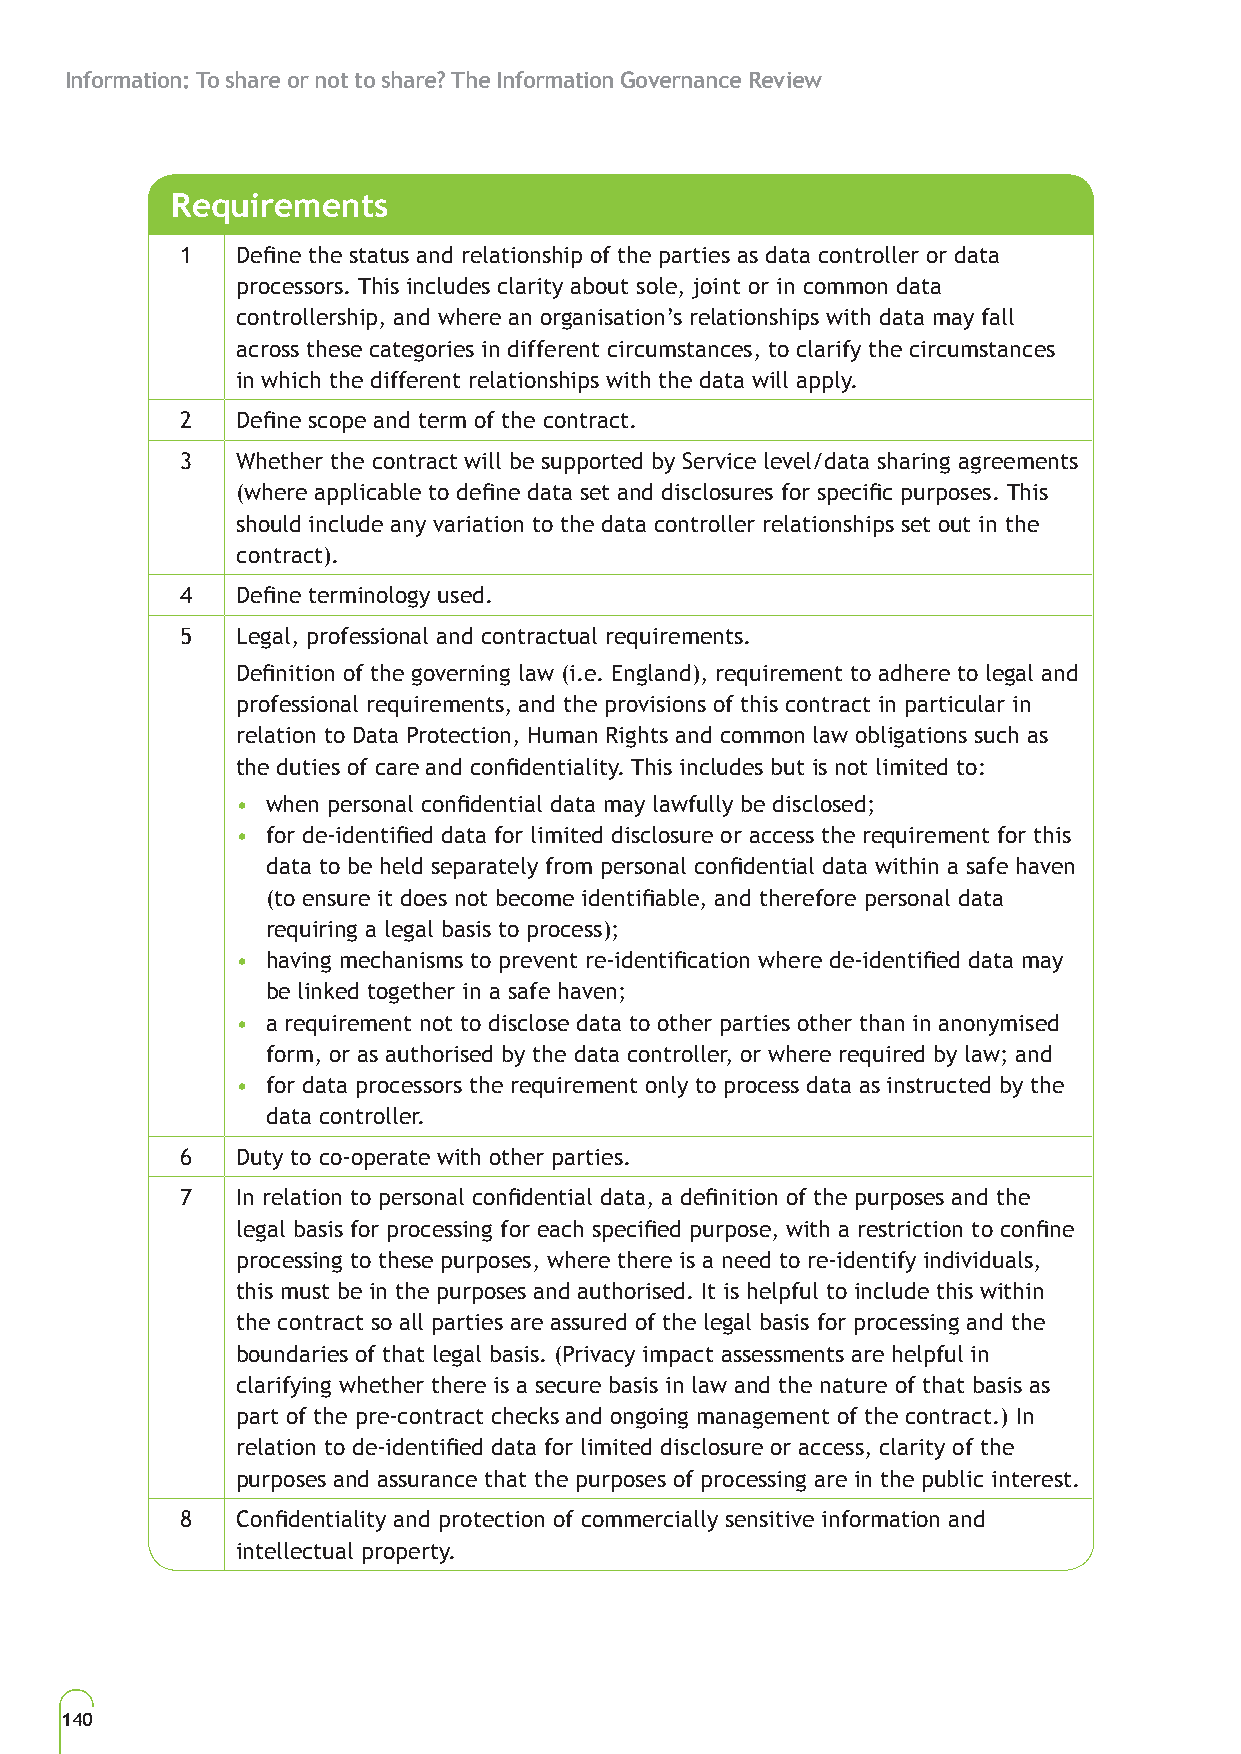
Information: To share or not to share? The Information Governance Review
 Requirements
 1   Define the status and relationship of the parties as data controller or data
 processors. This includes clarity about sole, joint or in common data
 controllership, and where an organisation’s relationships with data may fall
 across these categories in different circumstances, to clarify the circumstances
 in which the different relationships with the data will apply.
 2   Define scope and term of the contract.
 3   Whether the contract will be supported by Service level/data sharing agreements
 (where applicable to define data set and disclosures for specific purposes. This
 should include any variation to the data controller relationships set out in the
 contract).
 4   Define terminology used.
 5   Legal, professional and contractual requirements.
 Definition of the governing law (i.e. England), requirement to adhere to legal and
 professional requirements, and the provisions of this contract in particular in
 relation to Data Protection, Human Rights and common law obligations such as
 the duties of care and confidentiality. This includes but is not limited to:
 • when personal confidential data may lawfully be disclosed;
 • for de-identified data for limited disclosure or access the requirement for this
 data to be held separately from personal confidential data within a safe haven
 (to ensure it does not become identifiable, and therefore personal data
 requiring a legal basis to process);
 • having mechanisms to prevent re-identification where de-identified data may
 be linked together in a safe haven;
 • a requirement not to disclose data to other parties other than in anonymised
 form, or as authorised by the data controller, or where required by law; and
 • for data processors the requirement only to process data as instructed by the
 data controller.
 6   Duty to co-operate with other parties.
 7   In relation to personal confidential data, a definition of the purposes and the
 legal basis for processing for each specified purpose, with a restriction to confine
 processing to these purposes, where there is a need to re-identify individuals,
 this must be in the purposes and authorised. It is helpful to include this within
 the contract so all parties are assured of the legal basis for processing and the
 boundaries of that legal basis. (Privacy impact assessments are helpful in
 clarifying whether there is a secure basis in law and the nature of that basis as
 part of the pre-contract checks and ongoing management of the contract.) In
 relation to de-identified data for limited disclosure or access, clarity of the
 purposes and assurance that the purposes of processing are in the public interest.
 8   Confidentiality and protection of commercially sensitive information and
 intellectual property.
 140